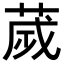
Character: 𦴹